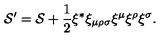
{ \cal S } ^ { \prime } = { \cal S } + \mathrm { \small { \frac { 1 } { 2 } } } \xi ^ { * } \xi _ { \mu \rho \sigma } \xi ^ { \mu } \xi ^ { \rho } \xi ^ { \sigma } .